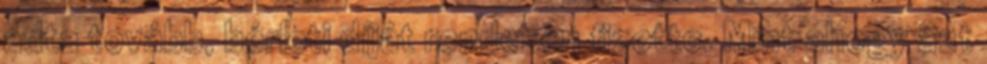
adta tovább, bérleti díját rendesen fizette. Mint ahogy azt